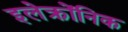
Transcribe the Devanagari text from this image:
इलेक्त्रोंनिक